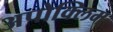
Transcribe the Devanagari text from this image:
अपोक्लिम